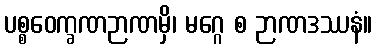
ပစ္စဝေက္ခဏဉာဏမှိ၊ မဂ္ဂေ စ ဉာဏဒဿနံ။